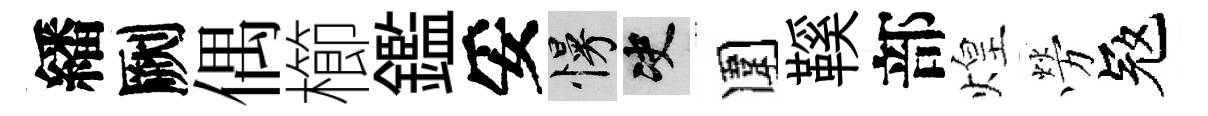
繙劂偶櫛鑑妥慢决圍鞵部煌勞冦